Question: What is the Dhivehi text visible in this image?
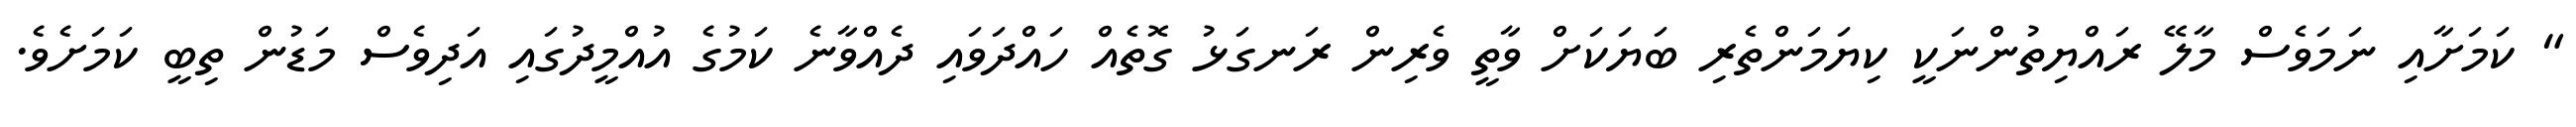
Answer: " ކަމަށާއި ނަމަވެސް މާލޭ ރައްޔިތުންނަކީ ކިޔަމަންތެރި ބަޔަކަށް ވާތީ ވެރިން ރަނގަޅު ގޮތެއް ހައްދަވައި ދެއްވާނެ ކަމުގެ އުއްމީދުގައި އަދިވެސް މަޑުން ތިބީ ކަމަށެވެ.